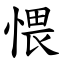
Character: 愄